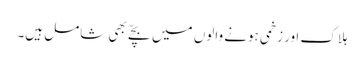
ہلاک اور زخمی ہونے والوں میں بچّے بھی شامل ہیں۔